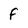
Character: f